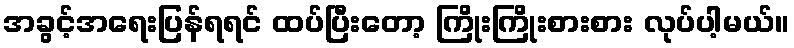
အခွင့်အရေးပြန်ရရင် ထပ်ပြီးတော့ ကြိုးကြိုးစားစား လုပ်ပါ့မယ်။